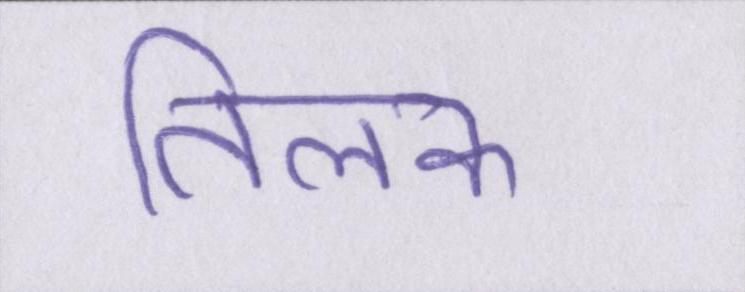
तिलक